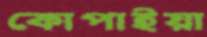
কোপাইয়া